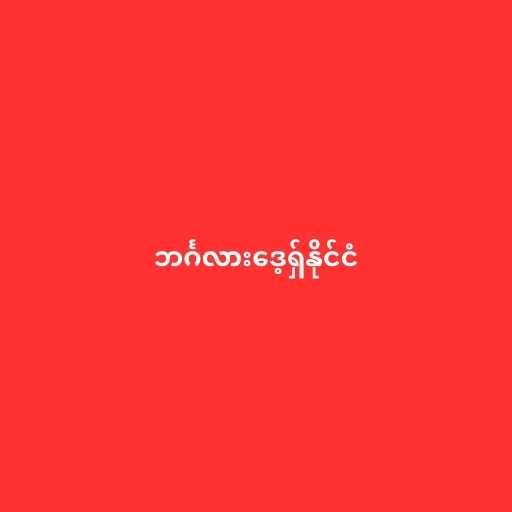
ဘင်္ဂလားဒေ့ရှ်နိုင်ငံ